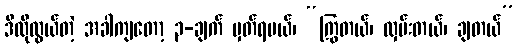
ဒီလိုလွယ်တဲ့ အခါကျတော့ ၃-ချက် မှတ်ရမယ်၊ “ကြွတယ်၊ လှမ်းတယ်၊ ချတယ်”